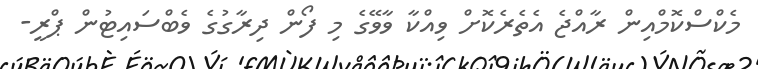
މެކްސްކޮމްއިން ރާއްޖެ އެތެރެކޮށް ވިއްކާ ވާވޭގެ މި ފޯން ދިރާގުގެ ވެބްސައިޓުން ޕްރީ-